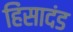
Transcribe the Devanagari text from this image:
हिंसादंड